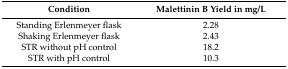
<table><thead><tr><td><b>Condition</b></td><td><b>Malettinin B Yield in mg/L</b></td></tr></thead><tbody><tr><td>Standing Erlenmeyer flask</td><td>2.28</td></tr><tr><td>Shaking Erlenmeyer flask</td><td>2.43</td></tr><tr><td>STR without pH control</td><td>18.2</td></tr><tr><td>STR with pH control</td><td>10.3</td></tr></tbody></table>